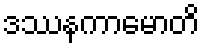
ဒဿနကာမောတိ